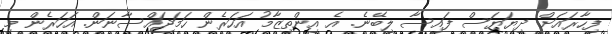
ފިހާރައަށް ދިޔަޔަސް ފައިސާ ލިބޭނެ. އެ އިންތިޒާމު އަހަރެން ހަމަޖައްސާނަން. އަހަރެން މި